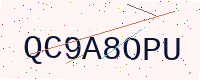
Text: QC9A8OPU